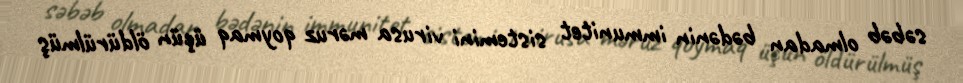
səbəb olmadan bədənin immunitet sistemini virusa məruz qoymaq üçün öldürülmüş